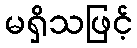
မရှိသဖြင့်